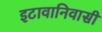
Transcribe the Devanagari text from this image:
इटावानिवासी